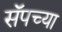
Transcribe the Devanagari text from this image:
सॅपच्या